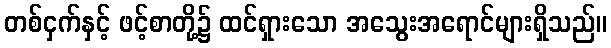
တစ်ငှက်နှင့် ဖင့်စာတို့၌ ထင်ရှားသော အသွေးအရောင်များရှိသည်။